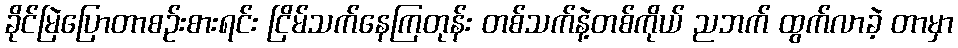
ခိုင်မြဲပြောတာစဉ်းစားရင်း ငြိမ်သက်နေကြတုန်း တစ်သက်နဲ့တစ်ကိုယ် ညဘက် ထွက်လာခဲ့ တာမှာ